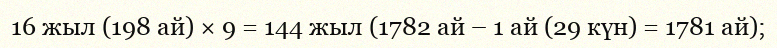
16 жыл (198 ай) × 9 = 144 жыл (1782 ай – 1 ай (29 күн) = 1781 ай);